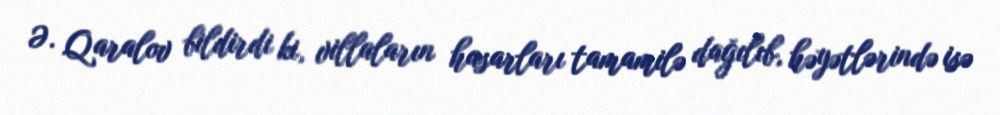
Ə. Qaralov bildirdi ki, villaların hasarları tamamilə dağılıb, həyətlərində isə